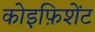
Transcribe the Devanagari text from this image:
कोइफ़िशेंट